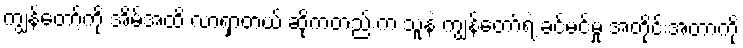
ကျွန်တော့်ကို အိမ်အထိ လာရှာတယ် ဆိုကတည်းက သူနဲ့ ကျွန်တော်ရဲ့ ခင်မင်မှု အတိုင်းအတာကို